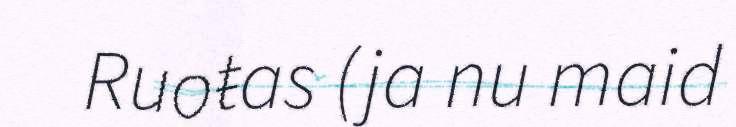
Ruoŧas (ja nu maid